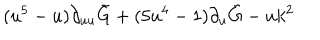
( u ^ { 5 } - u ) \partial _ { u u } \tilde { G } + ( 5 u ^ { 4 } - 1 ) \partial _ { u } \tilde { G } - u k ^ { 2 }